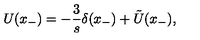
U ( x _ { - } ) = - \frac { 3 } { s } \delta ( x _ { - } ) + \tilde { U } ( x _ { - } ) ,